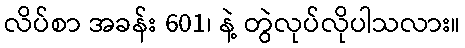
လိပ်စာ အခန်း 601၊ နဲ့ တွဲလုပ်လိုပါသလား။